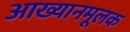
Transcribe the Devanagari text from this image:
आख्यानमूलक